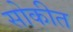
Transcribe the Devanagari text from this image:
सोकीत